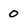
Character: 0